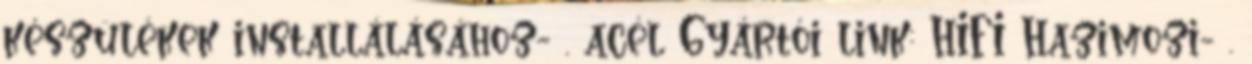
készülékek installálásához- . acél Gyártói link: HIFI Hazimozi- .